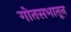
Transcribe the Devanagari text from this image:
गोतसभातून